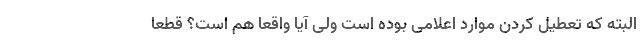
البته که تعطیل کردن موارد اعلامی بوده است ولی آیا واقعاً هم است؟ قطعاً